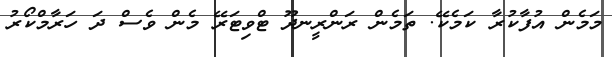
މަމެން އުފާކުރާ ކަމެކޭ. ތަމެން ރަންރީނދޫ ޓްވިޓަރޭ މެން ވެސް ދަ ހަރާމްކޯރު